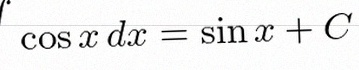
\int \cos x\,dx=\sin x+C